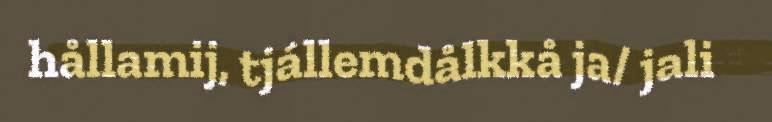
hållamij, tjállemdålkkå ja/ jali